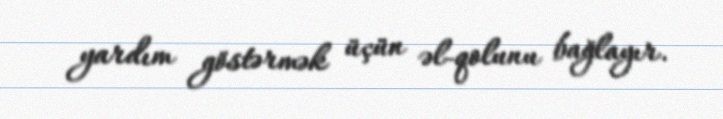
yardım göstərmək üçün əl-qolunu bağlayır.